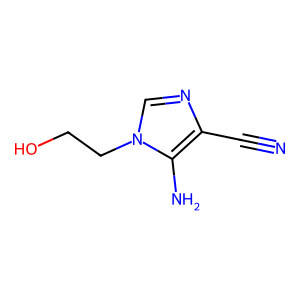
SMILES: N#Cc1ncn(CCO)c1N
Inhibits HIV replication: No